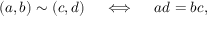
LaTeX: ( a , b ) \sim ( c , d ) \quad \iff \quad a d = b c ,